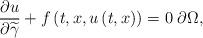
LaTeX: \begin{align*}\frac{\partial u}{\partial \widetilde{\gamma }}+f\left(t,x,u\left(t,x\right)\right)=0\;\partial \Omega , \end{align*}